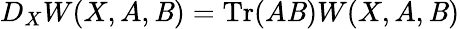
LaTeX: D_{X}W(X,A,\mathit{B})=\mathrm{{Tr}}(A\mathit{B})W(X,A,\mathit{B})